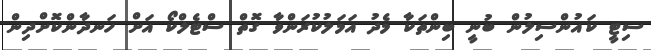
ސިޓީ ކައުންސިލުން ބުނީ ބިންތަކާ މެދު އަމަލުކުރަންވާ ގޮތް ސްޓެލްކޯ އަށް ހަނދާންކޮށްދިން